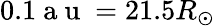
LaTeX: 0.1\mathrm{~a~u~}=21.5R_{\odot}